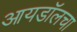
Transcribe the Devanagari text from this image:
आयडॉलचा